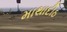
માથાદીઠ